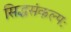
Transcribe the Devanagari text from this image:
सिद्धसंकल्पः